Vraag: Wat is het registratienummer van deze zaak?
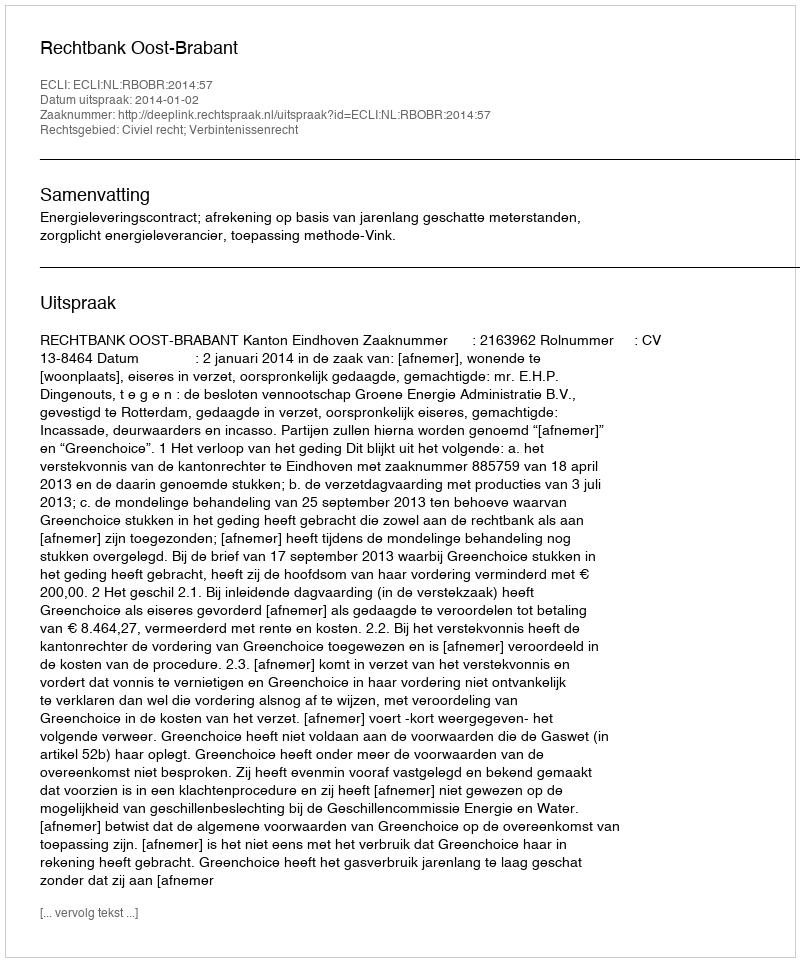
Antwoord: http://deeplink.rechtspraak.nl/uitspraak?id=ECLI:NL:RBOBR:2014:57